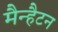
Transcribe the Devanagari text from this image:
मैन्हैटन